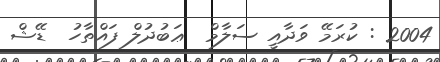
2004 : ކުރަމޭ ވަދާއީ ސަލާމް  ޢަބުދުލް ފައްތާހު  ޑޭޝް